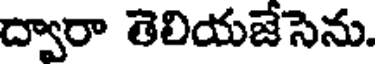
ద్వారా తెలియజేసెను.